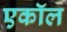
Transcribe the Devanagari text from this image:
एकॉल